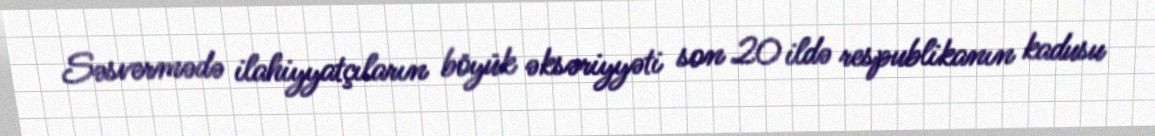
Səsvermədə ilahiyyatçıların böyük əksəriyyəti son 20 ildə respublikanın kadusu